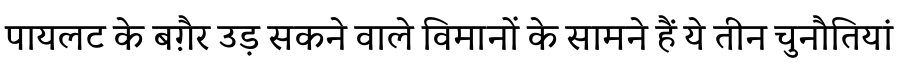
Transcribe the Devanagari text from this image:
पायलट के बग़ैर उड़ सकने वाले विमानों के सामने हैं ये तीन चुनौतियां